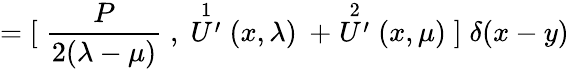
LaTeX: ={[}\; \frac{P}{2(\lambda-\mu)}\; ,\; \stackrel{1}{U^{\prime}}(x,\lambda)\, \; +\stackrel{2}{U^{\prime}}(x,\mu)\; {]}\; \delta(x-y)